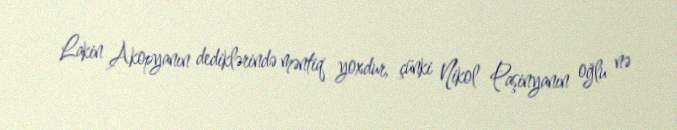
Lakin Akopyanın dediklərində məntiq yoxdur, çünki Nikol Paşinyanın oğlu nə